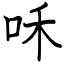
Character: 咊